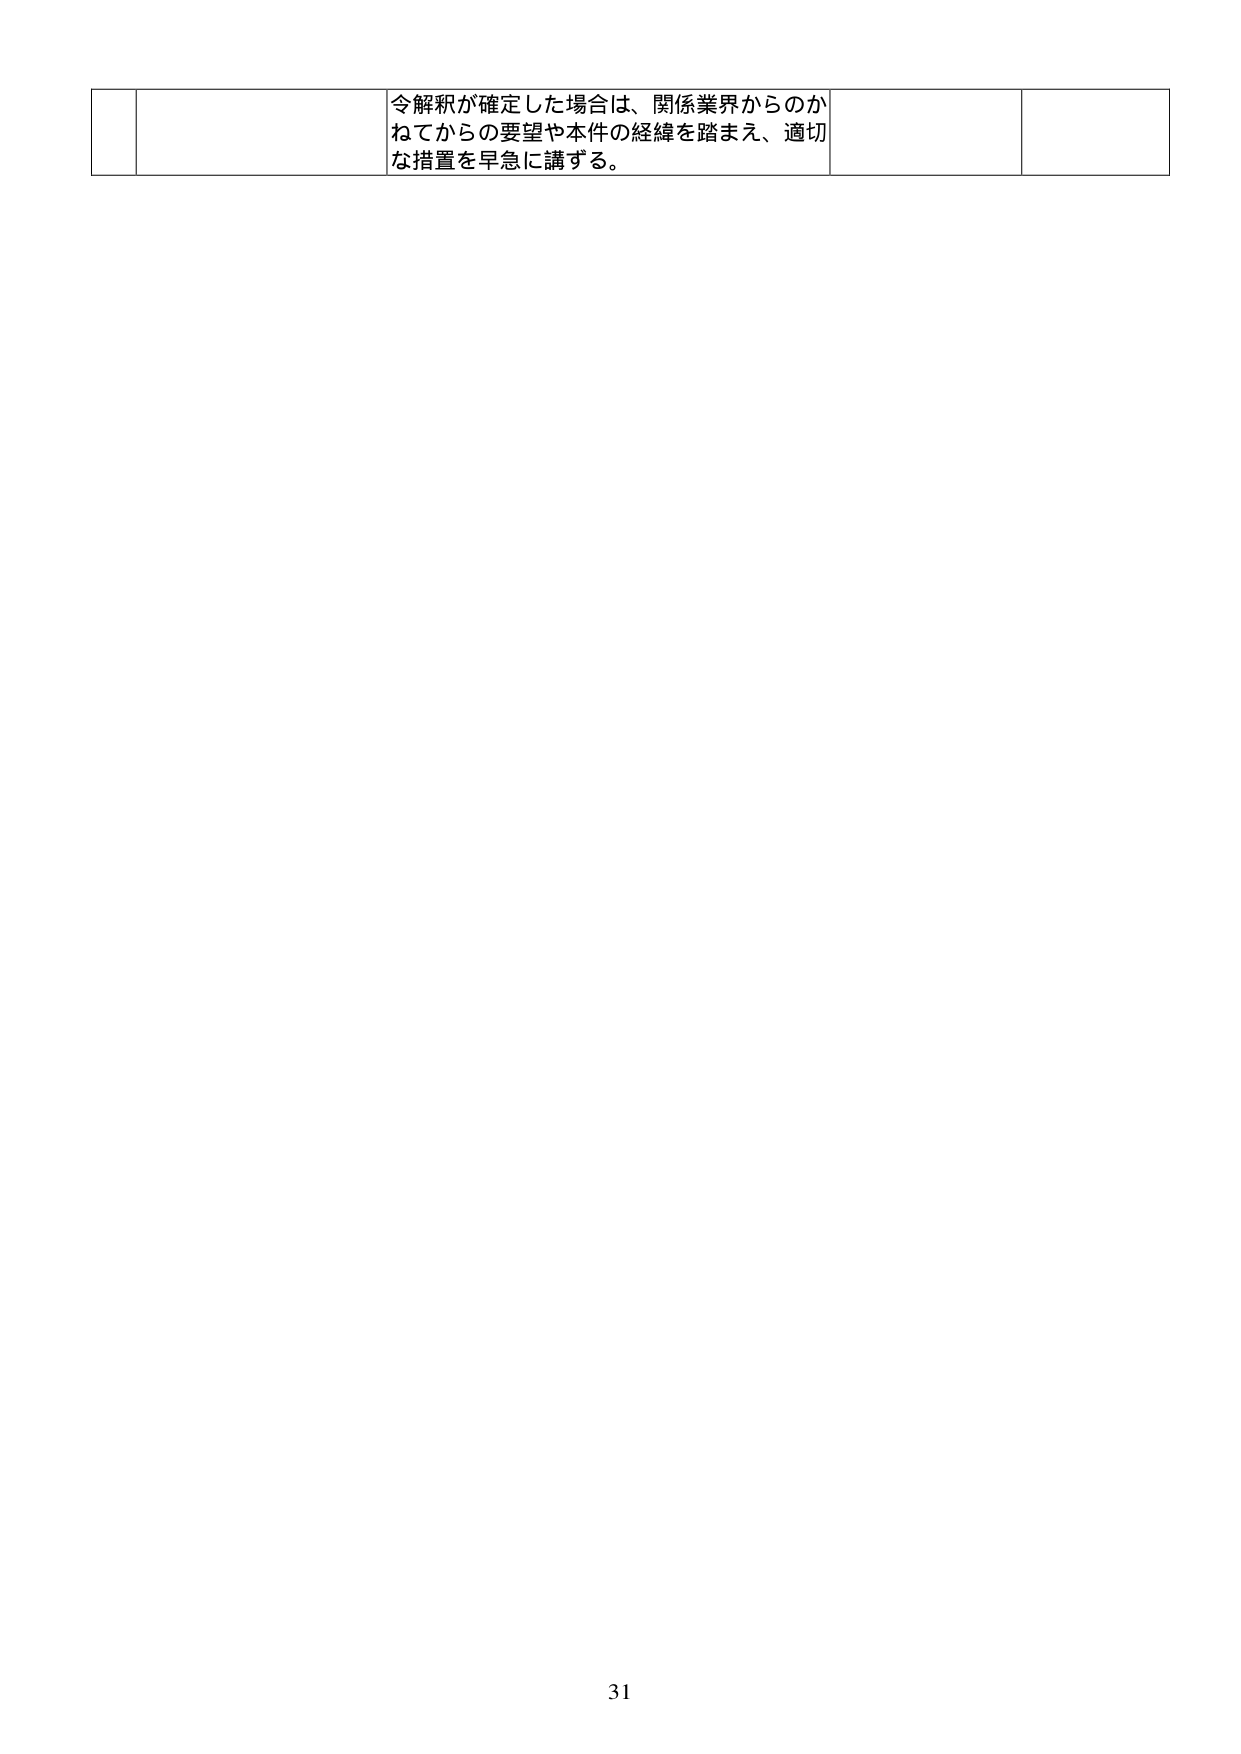
令解釈が確定した場合は、関係業界からのか
ねてからの要望や本件の経緯を踏まえ、適切
な措置を早急に講ずる。

31